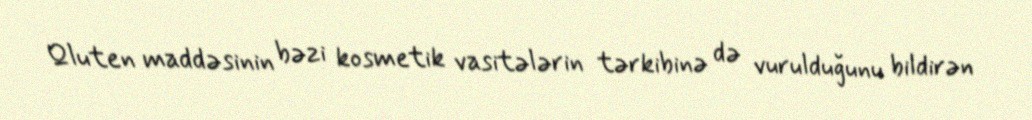
Qluten maddəsinin bəzi kosmetik vasitələrin tərkibinə də vurulduğunu bildirən